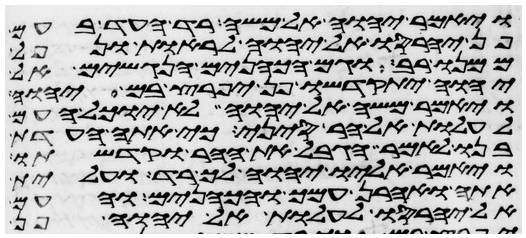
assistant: ויאמר יהוה אל משה רד העד בעם
פן יחרסו אל יהוה לראות ונפל
ממנו רב וגם הכהנים הנגשים אל
יהוה יתקדשו פן יפרץ בם יהוה
ויאמר משה אל יהוה לא יוכל העם
לעלות אל הר סיני כי אתה העדת
בנו לאמר הגבל את ההר וקדשתו
ויאמר אליו יהוה ך רד ועלית
אתה ואהרן עמך והכהנים והעם
אל יחרסו לעלות אל יהוה פן